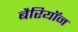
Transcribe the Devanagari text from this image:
बैरियॉन